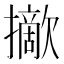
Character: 𢸈